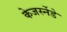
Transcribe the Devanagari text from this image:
केजर्स्नेडे